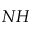
N H